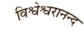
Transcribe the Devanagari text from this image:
विश्वेश्वरानन्द